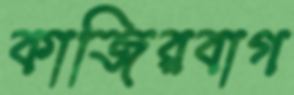
কাজিরবাগ